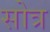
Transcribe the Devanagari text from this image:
सोत्र